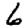
Digit: 6